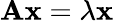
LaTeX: \mathbf{Ax}=\lambda\mathbf{x}